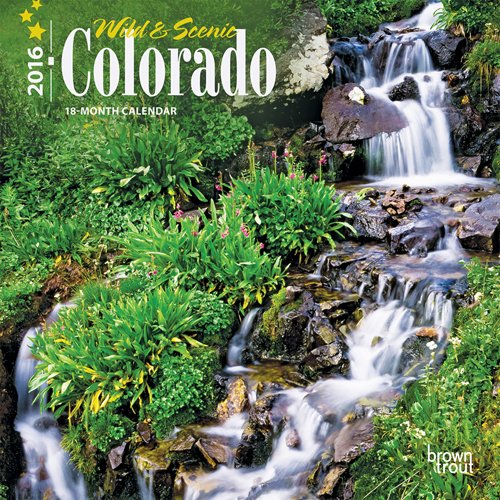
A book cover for Colorado, Wild & Scenic 2016 Mini 7x7; Browntrout Publishers; Calendars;